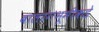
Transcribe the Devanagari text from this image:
बालरंगभूमीकडे